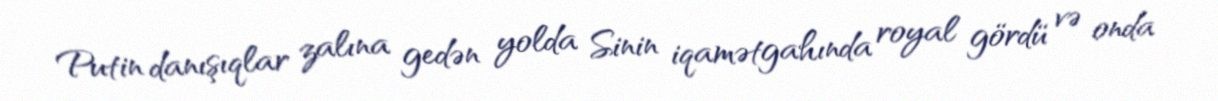
Putin danışıqlar zalına gedən yolda Sinin iqamətgahında royal gördü və onda